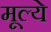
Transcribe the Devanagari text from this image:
मूल्‍ये